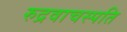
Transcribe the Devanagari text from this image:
रुद्रवाचस्पति